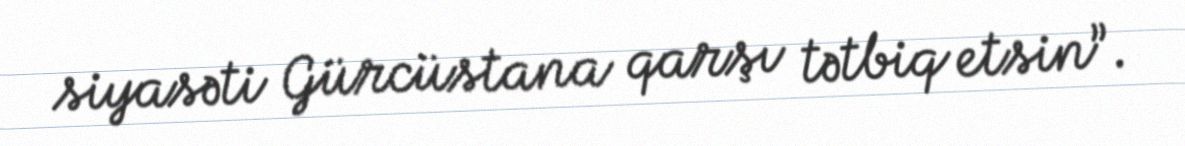
siyasəti Gürcüstana qarşı tətbiq etsin”.